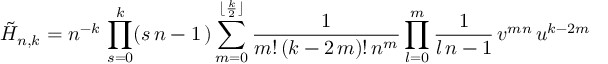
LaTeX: \tilde { H } _ { n , k } = n ^ { - k } \, \prod _ { s = 0 } ^ { k } ( s \, n - 1 \, ) \sum _ { m = 0 } ^ { \lfloor \frac { k } { 2 } \rfloor } \frac { 1 } { m ! \, ( k - 2 \, m ) ! \, n ^ { m } } \prod _ { l = 0 } ^ { m } { \frac { 1 } { l \, n - 1 } } \, v ^ { m n } \, u ^ { k - 2 m }